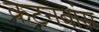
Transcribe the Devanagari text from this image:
कटनबांस